Leaving Certificate Examination, 1913
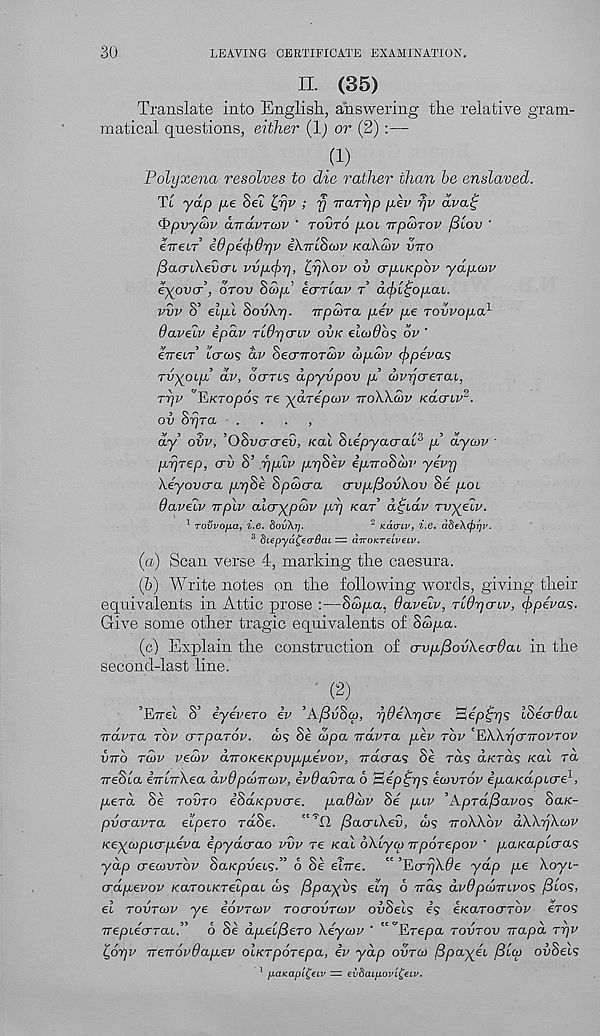
30
LEAVING CERTIFICATE EXAMINATION.
II. (35)
Translate into English., answering the relative gram-
matical questions, either (1) or (2) :—
.(!)
Polyxena resolves to die rather than he enslaved.
Tt yap /xe Sei tyjv ; rj Trarr/p per rjv dvatj
$?pvya>v diravTOV ' tovto poi TrpaiTov jBlov '
erreiT i6pe<f>6r]v iXirlhow Kakcov vtto
[dacrikevcri vvp(f>r), lyqkov ov apiKpbv yapcov
eyovcr, otov Sojp’ ecrrlav t a(f>[£opaL.
vvv S’ elp\ SovXrj. npcoTa pev pe rovvopa 1
Oaveiv epav Tidycnv ovk etco^os ov '
eweiT Icrcos av SecnroTUV dipcjv (ffpivas
Tvyoip dv, ocrns dpyvpov p wvycreTai,
ttjv "E/cropo? re ydrepov ttoWcov Kacriv 2 .
ov Srjra
,
dy ovv, ’OSucrcreu, Kal SiepyacraP p dycov '
prjrep, <jv S’ yplv prjSev ipiroScov yevy
Xeyovo-a pr/Se Spdxra crvpf3ovkov Se poi
Oaveiv vpiv aicry^pdiv pi] /car’ d^idv rvyeiv.
1 rovvofxa, i.e. 8ov\rj.
2 Kaviv, i.e. dbeXffrrjv.
3 diepya^ecrQai = aTTOKreiveLv.
(a) Scan verse 4, marking the caesura.
(h) Write notes on the following words, giving their
equivalents in Attic prose :—S<3/xa, daveiv, Tidyaiv, <f>pevas.
Give some other tragic equivalents of SS>pa.
(c) Explain the construction of crvp/3ovXecr6ai in the
second-last line.
• (2)
’Eire! S’ iyevero iv ’AfivSco, ydekycre sepoys ISicrdai
irdvra top orTparov. ws Se copo. irdvra pev rbv ‘EWrjcnTOVTOV
vnb tcov vecov d-TTOKeKpvppevov, irdcras Se ra? a«:ras Kal rd
TreSia eVtTrXea dv6pcvvivv, ivOavra 6 ’aep^ys ecovrov ipaKapure 1 ,
perd Sb tovto eSaKpvcre. paOdv Se piv ’ApTd/3avo<; SaK-
pvcravTa eipero raSe.
" 'O fiaonkev, &js ttoWov dXkykaiv
Keycopicrpeva ipydcrao vvv re Kal bXtyw ttporepov ' p.aKapiaa<;
ydp crecovTov SaKpveis.” b Se et-Tre. “ ’EcrTjX^e yap pe \oyi-
crdpevov KaTOiKTeipai d)? j3payv<$ ely o tto.? dvOpamivo? ySfos,
el tovtcov ye ibvrcov toctovtcov ovSels es e/carocrTov eros
TTepiecrTaL.” 6 Se dpel/SeTO Xeycov ' '"’Erepa tovtov irapd Tyv
t,6yv TreTTOvdapev oiKTporepa, iv ydp ovtco (3payei Blqi ovSels
1 fXaK.apL^€LV =■ €v8aLpOVL^€LV.